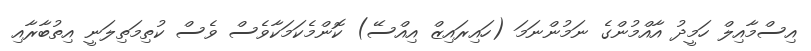
އިސްމާއިލް ހަމީދު އާއްމުންގެ ނަމުންނަމަ (ހައިރައިޒް އިއްސޭ) ކޮންމެކަމަކާވެސް ވެސް ކުތިމަތިލަނީ އިތުބާރާއި